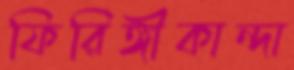
ফিরিঙ্গীকান্দা